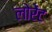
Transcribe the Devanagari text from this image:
लोरेंट